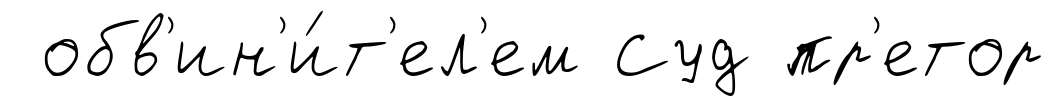
обв'ин'и́т'ел'ем Суд пр'етор